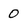
Character: 0